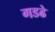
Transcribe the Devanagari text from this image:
गडढे